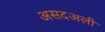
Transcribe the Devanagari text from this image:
असदअली